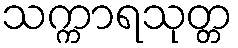
သက္ကာရသုတ္တ